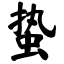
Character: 蛰